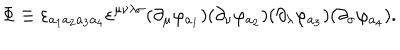
\Phi \equiv \varepsilon _ { a _ { 1 } a _ { 2 } a _ { 3 } a _ { 4 } } \varepsilon ^ { \mu \nu \lambda \sigma } ( \partial _ { \mu } \varphi _ { a _ { 1 } } ) ( \partial _ { \nu } \varphi _ { a _ { 2 } } ) ( \partial _ { \lambda } \varphi _ { a _ { 3 } } ) ( \partial _ { \sigma } \varphi _ { a _ { 4 } } ) .